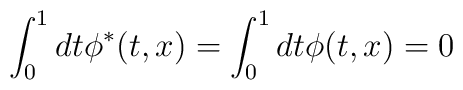
\int_0^1dt \phi^*(t,x)= \int_0^1 dt \phi(t,x)=0